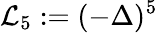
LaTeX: \mathcal{L}_{5}:=(-\Delta)^{5}